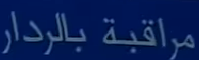
مراقبة بالرادار